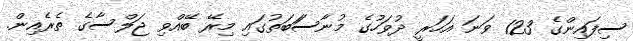
ސިފައިންގެ 123 ވަނަ އަހަރީ ދުވަހުގެ މުނާސަަބަތުގައި މިރޭ ބޭއްވި ޖަލްސާގެ ތެރެއިން.